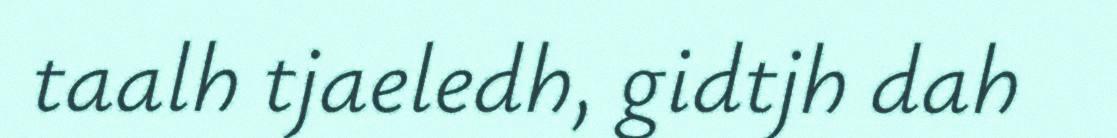
taalh tjaeledh, gidtjh dah